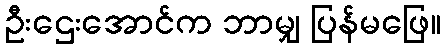
ဦးဌေးအောင်က ဘာမျှ ပြန်မဖြေ။